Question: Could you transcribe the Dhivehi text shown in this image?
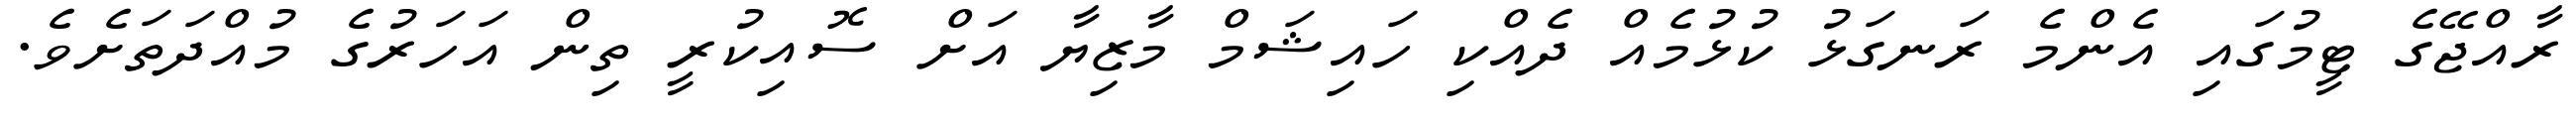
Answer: ރާއްޖޭގެ ޓީމުގައި އެންމެ ރަނގަޅު ކުޅުމެއް ދެއްކި ހައިޝަމް މާޒިޔާ އަށް ސޮއިކުރީ ތިން އަހަރުގެ މުއްދަތަށެވެ.